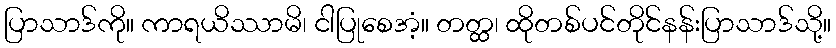
ပြာသာဒ်ကို။ ကာရယိဿာမိ၊ ငါပြုစေအံ့။ တတ္ထ၊ ထိုတစ်ပင်တိုင်နန်းပြာသာဒ်သို့။